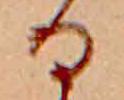
る